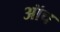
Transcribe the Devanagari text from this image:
ऑच